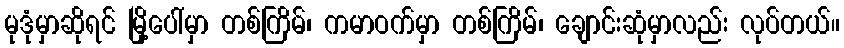
မုဒုံမှာဆိုရင် မြို့ပေါ်မှာ တစ်ကြိမ်၊ ကမာဝက်မှာ တစ်ကြိမ်၊ ချောင်းဆုံမှာလည်း လုပ်တယ်။